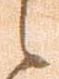
之